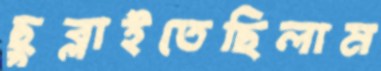
ছুব্‌লাইতেছিলাম